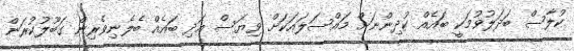
ކުލާސް ބަދަލުވުމަކީ ބައެއް ކުދިންނަށް މައްސަލައަކަށް ވިޔަސް އަދި ބައެއް ބެލެނިވެރިން ގަބޫލުކުރަން